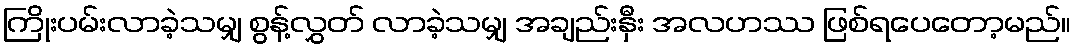
ကြိုးပမ်းလာခဲ့သမျှ စွန့်လွှတ် လာခဲ့သမျှ အချည်းနှီး အလဟဿ ဖြစ်ရပေတော့မည်။